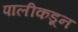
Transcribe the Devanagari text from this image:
पालीकडून